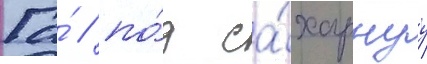
Га́ / по́д са́харнуу